Annual report on the Civil Veterinary Department, Burma (including the Insein Veterinary School) - 1932-1941
Year: 1932
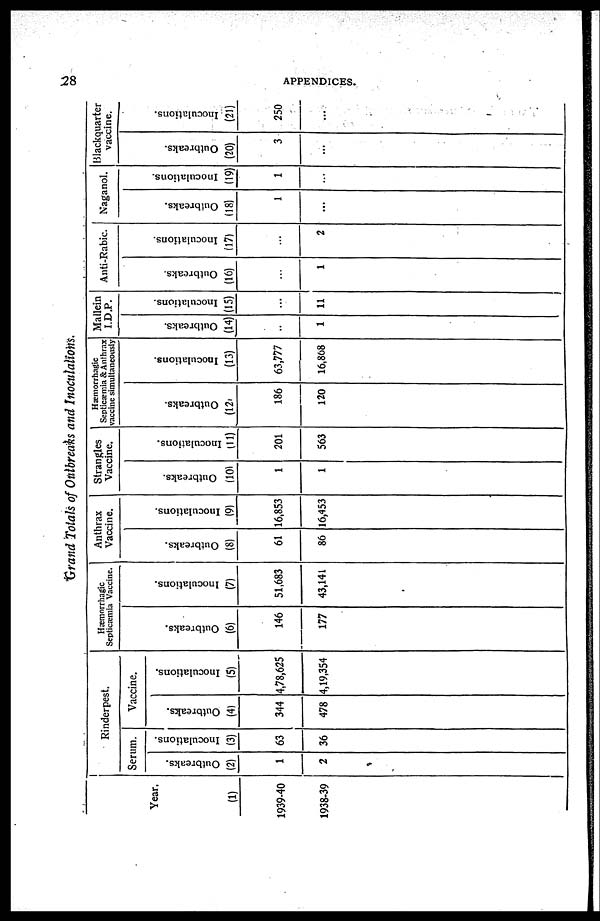
28
APPENDICES.
Grand Totals of Outbreaks and Inoculations.
Year.
(1)
1939-40
1938-39
Rinderpest.
Serum.
Outbreaks.
(2)
1
2
Inoculations.
(3)
63
36
Vaccine.
Outbreaks.
(4)
344
478
Inoculations.
(5)
4,78,625
4,19,354
Hæmorrhagic
Septicæmia Vaccine.
Outbreaks.
(6)
146
177
Inoculations.
(7)
51,683
43,141
Anthrax
Vaccine.
Outbreaks.
(8)
61
86
Inoculations.
(9)
16,853
16,453
Strangles
Vaccine.
Outbreaks.
(10)
1
1
Inoculations.
(11)
201
563
Hæmorrhagic
Septicæmia & Anthrax
vaccine simultaneously
Outbreaks.
(12)
186
120
Inoculations.
(13)
63,777
16,868
Mallein
I.D.P.
Outbreaks.
(14)
..
1
Inoculations.
(15)
...
11
Anti-Rabic.
Outbreaks.
(16)
...
1
Inoculations.
(17)
...
2
Naganol.
Outbreaks.
(18)
1
...
Inoculations.
(19)
1
...
Blackquarter
vaccine.
Outbreaks.
(20)
3
...
Inoculations.
(21)
250
...